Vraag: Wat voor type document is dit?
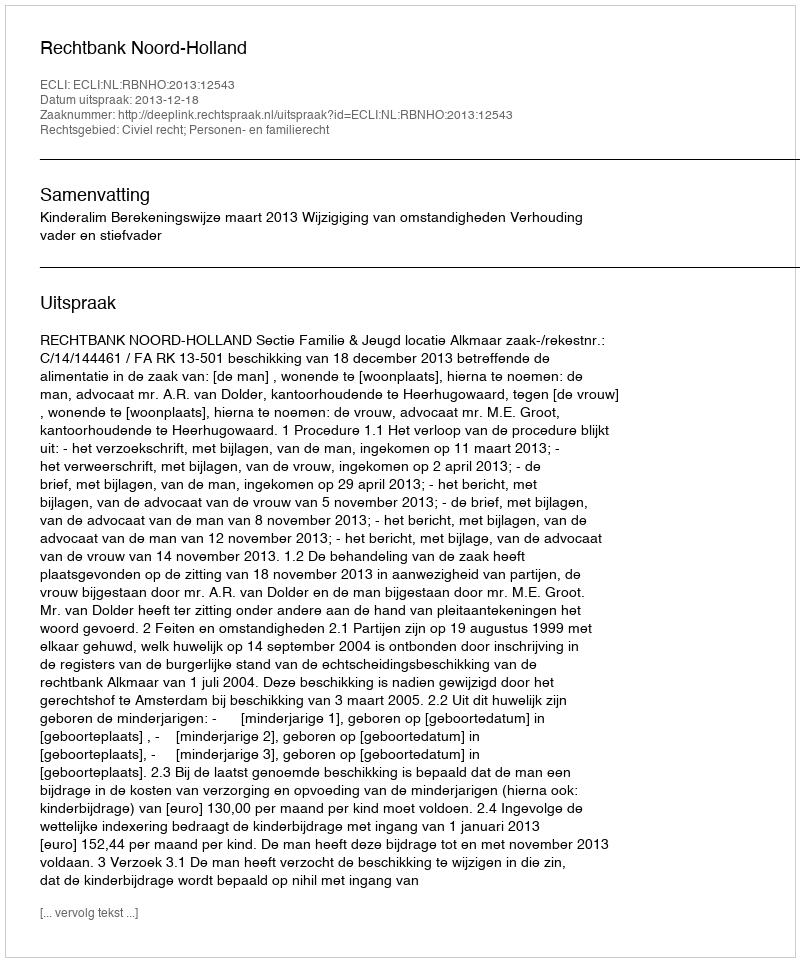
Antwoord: Uitspraak